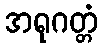
အရုဂတ္တံ